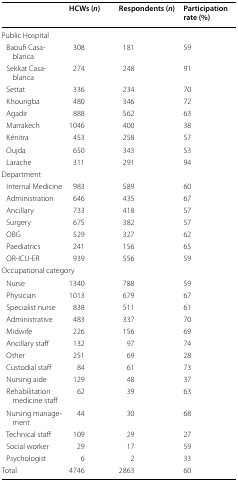
<table><thead><tr><td></td><td><b>HCWs (<i>n</i>)</b></td><td><b>Respondents (<i>n</i>)</b></td><td><b>Participation rate (%)</b></td></tr></thead><tbody><tr><td colspan="4">Public Hospital</td></tr><tr><td> Baoufi Casablanca</td><td>308</td><td>181</td><td>59</td></tr><tr><td> Sekkat Casablanca</td><td>274</td><td>248</td><td>91</td></tr><tr><td> Settat</td><td>336</td><td>234</td><td>70</td></tr><tr><td> Khourigba</td><td>480</td><td>346</td><td>72</td></tr><tr><td> Agadir</td><td>888</td><td>562</td><td>63</td></tr><tr><td> Marrakech</td><td>1046</td><td>400</td><td>38</td></tr><tr><td> Kénitra</td><td>453</td><td>258</td><td>57</td></tr><tr><td> Oujda</td><td>650</td><td>343</td><td>53</td></tr><tr><td> Larache</td><td>311</td><td>291</td><td>94</td></tr><tr><td colspan="4">Department</td></tr><tr><td> Internal Medicine</td><td>983</td><td>589</td><td>60</td></tr><tr><td> Administration</td><td>646</td><td>435</td><td>67</td></tr><tr><td> Ancillary</td><td>733</td><td>418</td><td>57</td></tr><tr><td> Surgery</td><td>675</td><td>382</td><td>57</td></tr><tr><td> OBG</td><td>529</td><td>327</td><td>62</td></tr><tr><td> Paediatrics</td><td>241</td><td>156</td><td>65</td></tr><tr><td> OR-ICU-ER</td><td>939</td><td>556</td><td>59</td></tr><tr><td colspan="4">Occupational category</td></tr><tr><td> Nurse</td><td>1340</td><td>788</td><td>59</td></tr><tr><td> Physician</td><td>1013</td><td>679</td><td>67</td></tr><tr><td> Specialist nurse</td><td>838</td><td>511</td><td>61</td></tr><tr><td> Administrative</td><td>483</td><td>337</td><td>70</td></tr><tr><td> Midwife</td><td>226</td><td>156</td><td>69</td></tr><tr><td> Ancillary staff</td><td>132</td><td>97</td><td>74</td></tr><tr><td> Other</td><td>251</td><td>69</td><td>28</td></tr><tr><td> Custodial staff</td><td>84</td><td>61</td><td>73</td></tr><tr><td> Nursing aide</td><td>129</td><td>48</td><td>37</td></tr><tr><td> Rehabilitation medicine staff</td><td>62</td><td>39</td><td>63</td></tr><tr><td> Nursing management</td><td>44</td><td>30</td><td>68</td></tr><tr><td> Technical staff</td><td>109</td><td>29</td><td>27</td></tr><tr><td> Social worker</td><td>29</td><td>17</td><td>59</td></tr><tr><td> Psychologist</td><td>6</td><td>2</td><td>33</td></tr><tr><td>Total</td><td>4746</td><td>2863</td><td>60</td></tr></tbody></table>